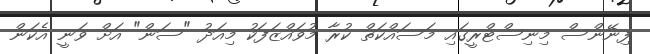
ފިނޭންސް މިނިސްޓްރީގައި މަސައްކަތް ކުރާ މުވައްޒަފަކު މިއަދު "ސަން" އަށް ވަނީ އެކަން